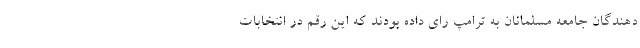
دهندگان جامعه مسلمانان به ترامپ رای داده بودند که این رقم در انتخابات